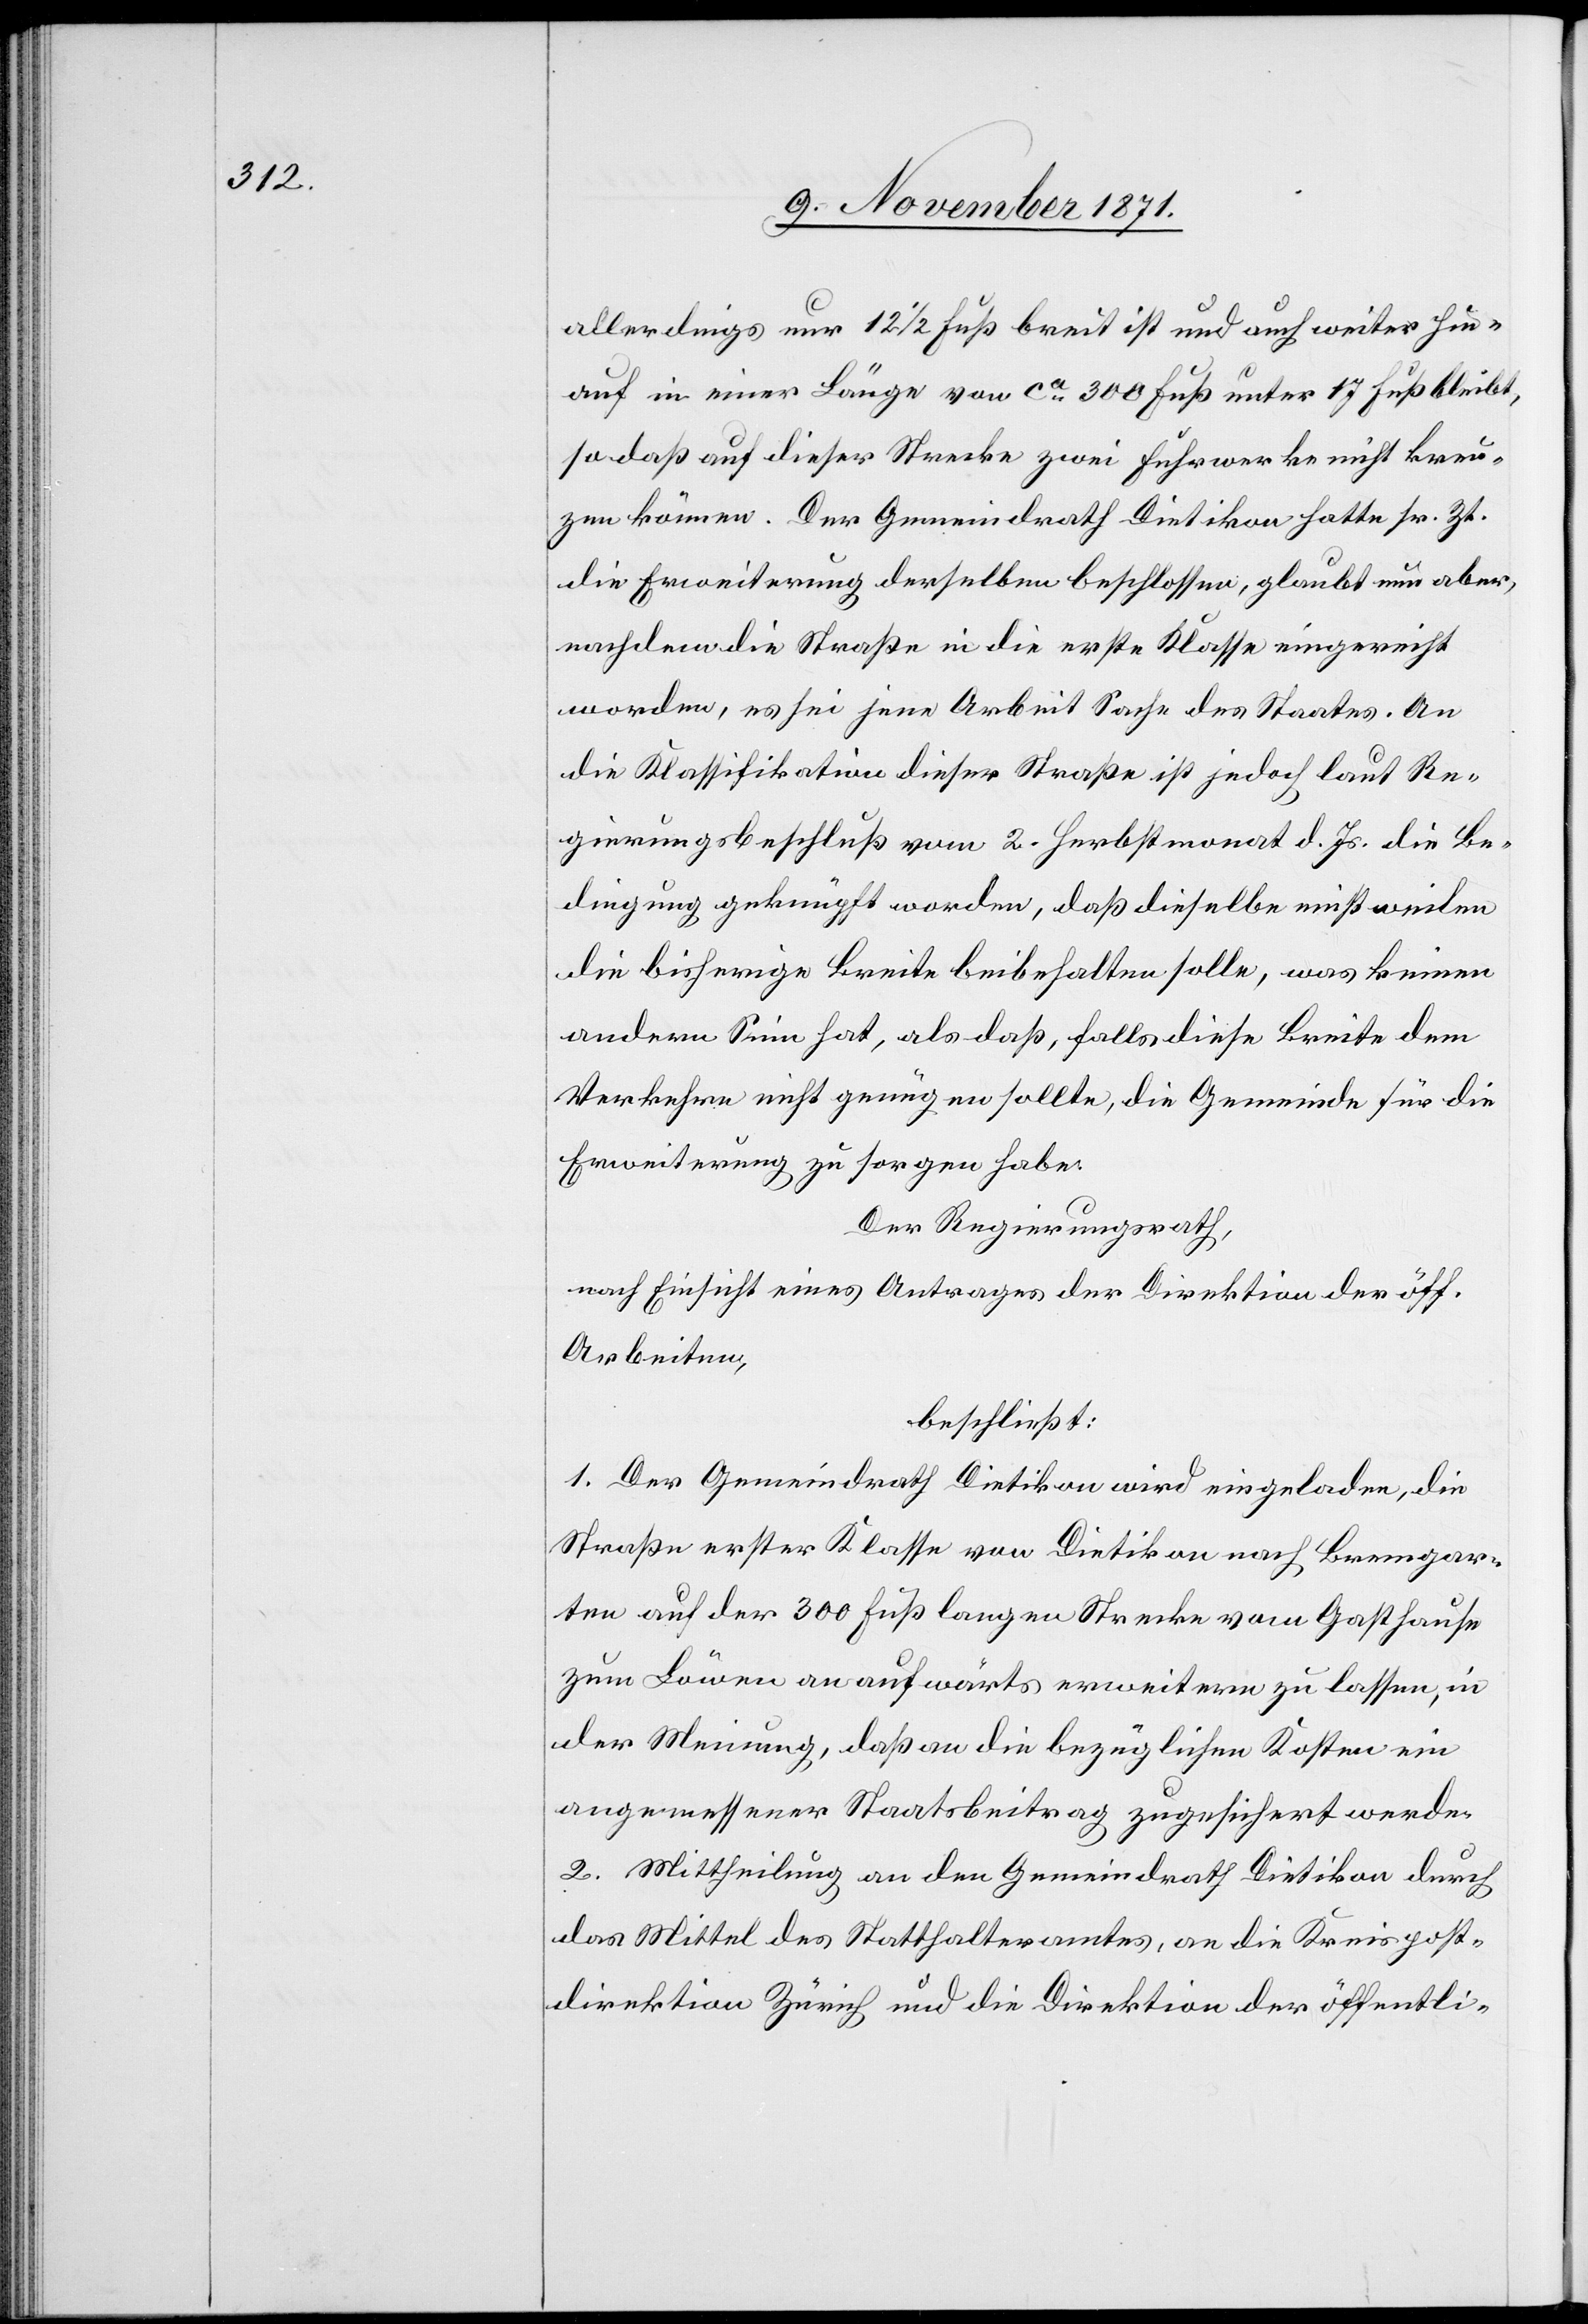
allerdings nur 12 1/2 Fuß breit ist und auch weiter hin¬
auf in einer Länge von ca 300 Fuß unter 17 Fuß bleibt,
sodaß auf dieser Strecke zwei Fuhrwerke nicht kreu¬
zen können. Der Gemeindrath Dietikon hatte sr. Zt.
die Erweiterung derselben beschlossen, glaubt nun aber,
nachdem die Straße in die erste Klasse eingereiht
worden, es sei jene Arbeit Sache des Staates. An
die Klassifikation dieser Straße ist jedoch laut Re¬
gierungsbeschluß vom 2. Herbstmonat d. Js. die Be¬
dingung geknüpft worden, daß dieselbe einstweilen
die bisherige Breite beibehalten solle, was keinen
andern Sinn hat, als daß, falls diese Breite dem
Verkehre nicht genügen sollte, die Gemeinde für die
Erweiterung zu sorgen habe.
Der Regierungsrath
nach Einsicht eins Antrages der Direktion der öff.
Arbeiten,
beschließt:
1. Der Gemeindrath Dietikon wird eingeladen, die
Straße erster Klasse von Dietikon nach Bremgar¬
ten auf der 300 Fuß langen Strecke vom Gasthause
zum Löwen an aufwärts erweitern zu lassen, in
der Meinung, daß an die bezüglichen Kosten ein
angemessener Staatsbeitrag zugesichert werde.
2. Mittheilung an den Gemeindrath Dietikon durch
das Mittel des Statthalteramtes, an die Kreispost¬
direktion Zürich und die Direktion der öffentli-